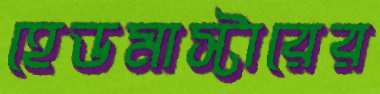
হেডমাস্টারের